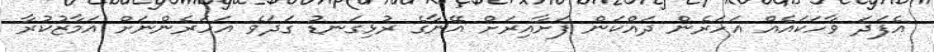
އެފަދަ ވާހަކައެއް އަހަރެން ދައްކަން ފަށާއިރަށް އޭނާގެ ރުޅިގަނޑު ގަދަވެ އަހަރެންނަށް އަމާޒުކުރާ